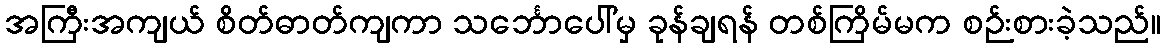
အကြီးအကျယ် စိတ်ဓာတ်ကျကာ သင်္ဘောပေါ်မှ ခုန်ချရန် တစ်ကြိမ်မက စဉ်းစားခဲ့သည်။